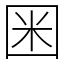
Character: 𡇒